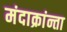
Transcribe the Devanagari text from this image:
मंदाक्रांन्ता